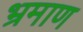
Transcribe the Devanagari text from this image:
भ्रमाण